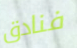
فنادق